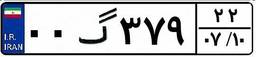
۰۰گ۳۷۹۲۲